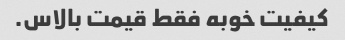
کیفیت خوبه فقط قیمت بالاس.